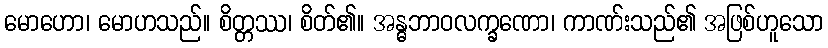
မောဟော၊ မောဟသည်။ စိတ္တဿ၊ စိတ်၏။ အန္ဓဘာဝလက္ခဏော၊ ကာဏ်းသည်၏ အဖြစ်ဟူသော